Lunatic asylums Madras 1877-1891 - 1877-1891
Year: 1877
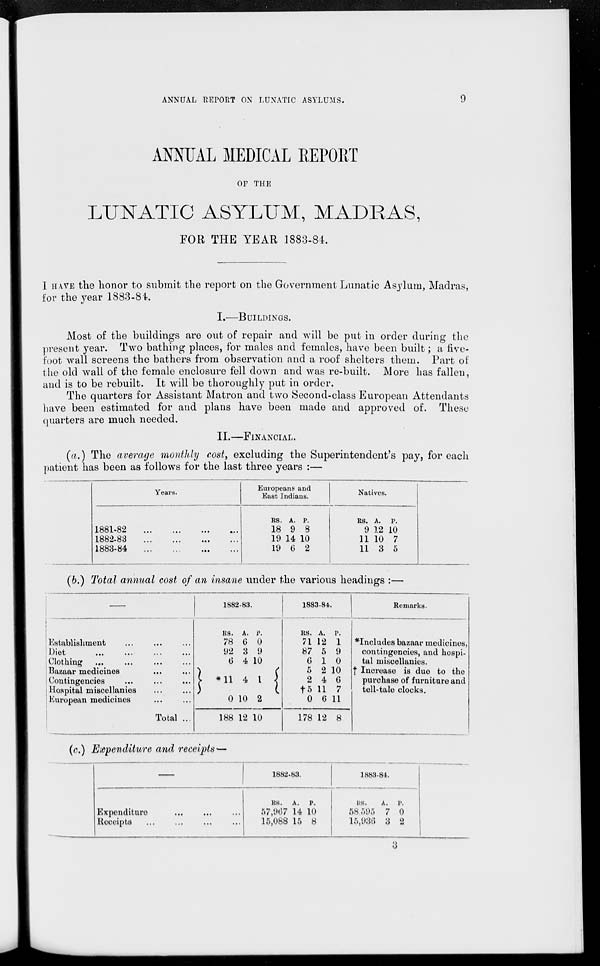
ANNUAL REPORT ON LUNATIC ASYLUMS.
9
ANNUAL MEDICAL REPORT
OF THE
LUNATIC ASYLUM, MADRAS,
FOR THE YEAR 1883-84.
I HAVE the honor to submit the report on the Government Lunatic Asylum, Madras,
for the year 1883-84.
I.—BUILDINGS.
Most of the buildings are out of repair and will be put in order during the
present year. Two bathing places, for males and females, have been built; a five¬
foot wall screens the bathers from observation and a roof shelters them. Part of
the old wall of the female enclosure fell down and was re-built. More has fallen,
and is to be rebuilt. It will be thoroughly put in order.
The quarters for Assistant Matron and two Second-class European Attendants
have been estimated for and plans have been made and approved of. These
quarters are much needed.
II.—FINANCIAL.
(a.) The average monthly cost, excluding the Superintendent's pay, for each
patient has been as follows for the last three years :—
Years.
1881-82
...
...
...
...
1882-83...
...
...
...
1883-84... ... ... ...
Europeans and
East Indians.
RS.
18
19
19
A.
9
14
6
P.
8
10
2
Natives.
RS.
9
11
11
A.
12
10
3
P.
10
7
5
(b.) Total annual cost of an insane under the various headings :—
—
Establishment... ... ...
Diet ... ... ... ...
Clothing ... ... ... ...
Bazaar medicines ... ...
Contingencies ... ... ...
Hospital miscellanies ... ...
European medicines ... ...
Total ...
1882-83.
RS.
78
92
6
*11
0
188
A.
6
3
4
4
10
12
P.
0
9
10
1
2
10
1883-84.
RS.
71
87
6
5
2
†5
0
178
A.
12
5
1
2
4
11
6
12
P.
1
9
0
10
6
7
11
8
Remarks.
*Includes bazaar medicines,
contingencies, and hospi-
tal miscellanies.
† Increase is due to the
purchase of furniture and
tell-tale clocks.
(c.) Expenditure and receipts—
—
Expenditure ... ... ...
Receipts ... ... ... ...
1882-83.
RS.
57,967
15,088
A.
14
15
P.
10
8
1883-84.
RS.
58,595
15,936
A.
7
3
P.
0
2
3